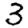
Digit: 3